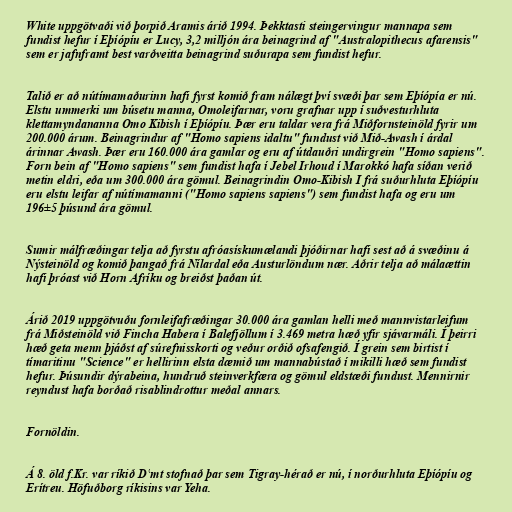
White uppgötvaði við þorpið Aramis árið 1994. Þekktasti steingervingur mannapa sem
fundist hefur í Eþíópíu er Lucy, 3,2 milljón ára beinagrind af "Australopithecus afarensis"
sem er jafnframt best varðveitta beinagrind suðurapa sem fundist hefur.

Talið er að nútímamaðurinn hafi fyrst komið fram nálægt því svæði þar sem Eþíópía er nú.
Elstu ummerki um búsetu manna, Omoleifarnar, voru grafnar upp í suðvesturhluta
klettamyndananna Omo Kibish í Eþíópíu. Þær eru taldar vera frá Miðfornsteinöld fyrir um
200.000 árum. Beinagrindur af "Homo sapiens idaltu" fundust við Mið-Awash í árdal
árinnar Awash. Þær eru 160.000 ára gamlar og eru af útdauðri undirgrein "Homo sapiens".
Forn bein af "Homo sapiens" sem fundist hafa í Jebel Irhoud í Marokkó hafa síðan verið
metin eldri, eða um 300.000 ára gömul. Beinagrindin Omo-Kibish I frá suðurhluta Eþíópíu
eru elstu leifar af nútímamanni ("Homo sapiens sapiens") sem fundist hafa og eru um
196±5 þúsund ára gömul.

Sumir málfræðingar telja að fyrstu afróasískumælandi þjóðirnar hafi sest að á svæðinu á
Nýsteinöld og komið þangað frá Nílardal eða Austurlöndum nær. Aðrir telja að málaættin
hafi þróast við Horn Afríku og breiðst þaðan út.

Árið 2019 uppgötvuðu fornleifafræðingar 30.000 ára gamlan helli með mannvistarleifum
frá Miðsteinöld við Fincha Habera í Balefjöllum í 3.469 metra hæð yfir sjávarmáli. Í þeirri
hæð geta menn þjáðst af súrefnisskorti og veður orðið ofsafengið. Í grein sem birtist í
tímaritinu "Science" er hellirinn elsta dæmið um mannabústað í mikilli hæð sem fundist
hefur. Þúsundir dýrabeina, hundruð steinverkfæra og gömul eldstæði fundust. Mennirnir
reyndust hafa borðað risablindrottur meðal annars.

Fornöldin.

Á 8. öld f.Kr. var ríkið Dʿmt stofnað þar sem Tigray-hérað er nú, í norðurhluta Eþíópíu og
Erítreu. Höfuðborg ríkisins var Yeha.